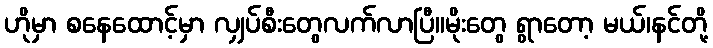
ဟိုမှာ စနေထောင့်မှာ လျှပ်စီးတွေလက်လာပြီ။မိုးတွေ ရွာတော့ မယ်၊နင်တို့